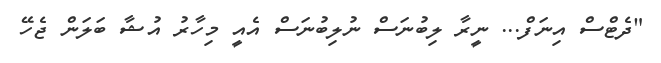
"ދެޓްސް އިނަފް... ނީރާ ލިބުނަސް ނުލިބުނަސް އެއީ މިހާރު އުޝާ ބަލަން ޖެހޭ